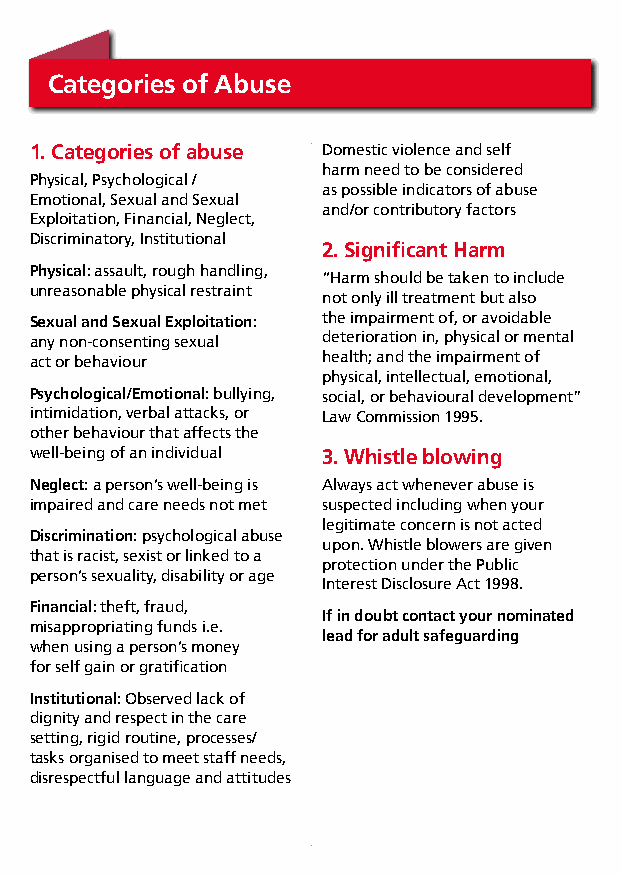
Categories of Abuse
 1. Categories of abuse Domestic violence and self
 harm need to be considered
 Physical, Psychological /
 as possible indicators of abuse
 Emotional, Sexual and Sexual
 and/or contributory factors
 Exploitation, Financial, Neglect,
 Discriminatory, Institutional
 2. Significant Harm
 Physical: assault, rough handling,
 “Harm should be taken to include
 unreasonable physical restraint
 not only ill treatment but also
 Sexual and Sexual exploitation: the impairment of, or avoidable
 any non-consenting sexual deterioration in, physical or mental
 act or behaviour   health; and the impairment of
 physical, intellectual, emotional,
 Psychological/emotional: bullying, social, or behavioural development”
 intimidation, verbal attacks, or Law Commission 1995.
 other behaviour that affects the
 well-being of an individual 3. Whistle blowing
 neglect: a person’s well-being is Always act whenever abuse is
 impaired and care needs not met suspected including when your
 legitimate concern is not acted
 Discrimination: psychological abuse
 upon. Whistle blowers are given
 that is racist, sexist or linked to a
 protection under the Public
 person’s sexuality, disability or age
 Interest Disclosure Act 1998.
 Financial: theft, fraud,
 If in doubt contact your nominated
 misappropriating funds i.e.
 lead for adult safeguarding
 when using a person’s money
 for self gain or gratification
 Institutional: Observed lack of
 dignity and respect in the care
 setting, rigid routine, processes/
 tasks organised to meet staff needs,
 disrespectful language and attitudes